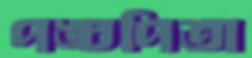
পঙ্চপিতা